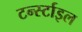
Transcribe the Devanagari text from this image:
टर्न्स्टाइल